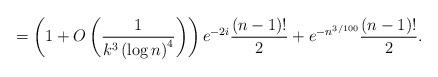
LaTeX: \begin{align*} &=\left(1+O\left(\frac{1}{k^3\left(\log n\right)^4}\right)\right)e^{-2i}\frac{(n-1)!}{2}+e^{-n^{3/100}}\frac{(n-1)!}{2}.\end{align*}